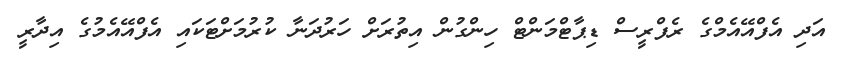
އަދި އެފްއޭއެމްގެ ރެފްރީސް ޑިޕާޓްމަންޓް ހިންގުން އިތުރަށް ހަރުދަނާ ކުރުމަށްޓަކައި އެފްއޭއެމުގެ އިދާރީ